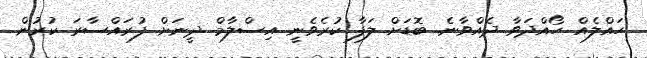
ހައްލެއް ހޯއްދަވާ ދެއްވާނެ. ބޮޑަށް ލަފާ ކުރެވެނީ އިސްލާމް ދީނަށް ފުރައްސާރަ ކުރުން